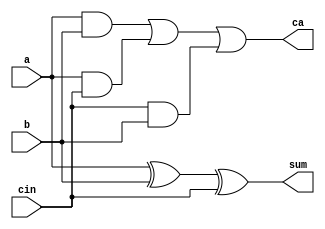
module fullAdder (a,b,cin,sum,ca);//module name similar to c
input a,b,cin;
output sum,ca;

assign sum = a ^ b ^ cin;//a xor b xor c
assign ca= (a&b) | (a&cin) |(cin&b) ;// a and b or a and c or b and c

endmodule